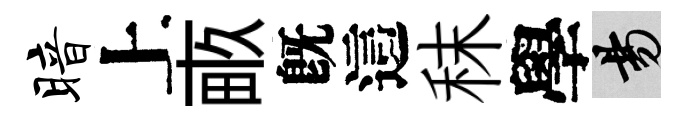
暗上畞旣這秣學昜